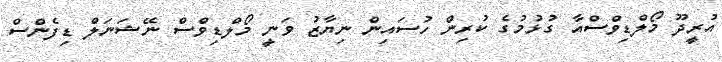
އުރީދޫ މޯލްޑިވްސްއާ ގުޅުމުގެ ކުރިން ހުސައިން ނިޔާޒު ވަނީ މޯލްޑިވްސް ނޭޝަނަލް ޑިފެންސް